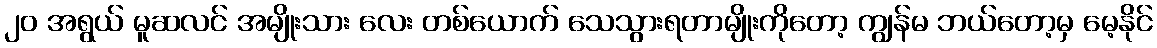
၂၀ အရွယ် မူဆလင် အမျိုးသား လေး တစ်ယောက် သေသွားရတာမျိုးကိုတော့ ကျွန်မ ဘယ်တော့မှ မေ့နိုင်